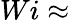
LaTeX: Wi\approx